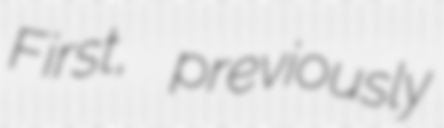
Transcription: First, previously